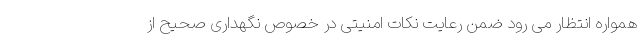
همواره انتظار می رود ضمن رعایت نکات امنیتی در خصوص نگهداری صحیح از